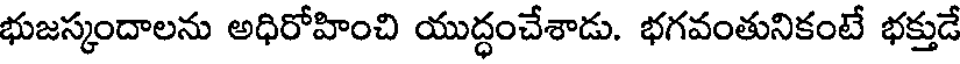
భుజస్కందాలను అధిరోహించి యుద్ధంచేశాడు. భగవంతునికంటే భక్తుడే